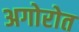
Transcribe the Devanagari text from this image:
अगोरोत